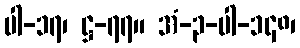
ပါ-၁၇၊ ဋ္ဌ-၇၇။ အံ-၃-ပါ-၁၄၈၊